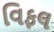
વિફલ